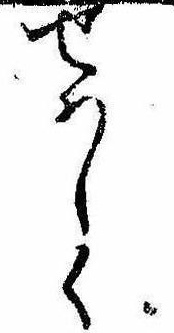
せはしく